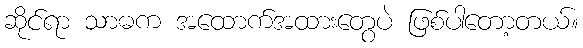
ဆိုင်ရာ သာဓက အထောက်အထားတွေပဲ ဖြစ်ပါတော့တယ်။